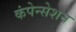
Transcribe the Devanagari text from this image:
कंपेन्सेशन